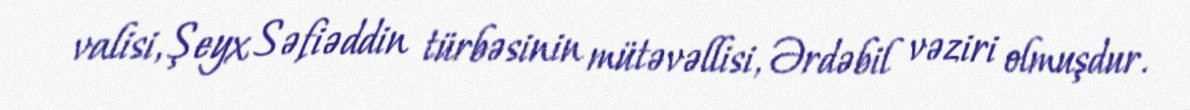
valisi, Şeyx Səfiəddin türbəsinin mütəvəllisi, Ərdəbil vəziri olmuşdur.